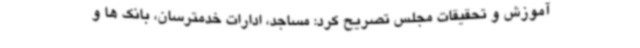
آموزش و تحقیقات مجلس تصریح کرد: مساجد، ادارات خدمترسان، بانک ها و